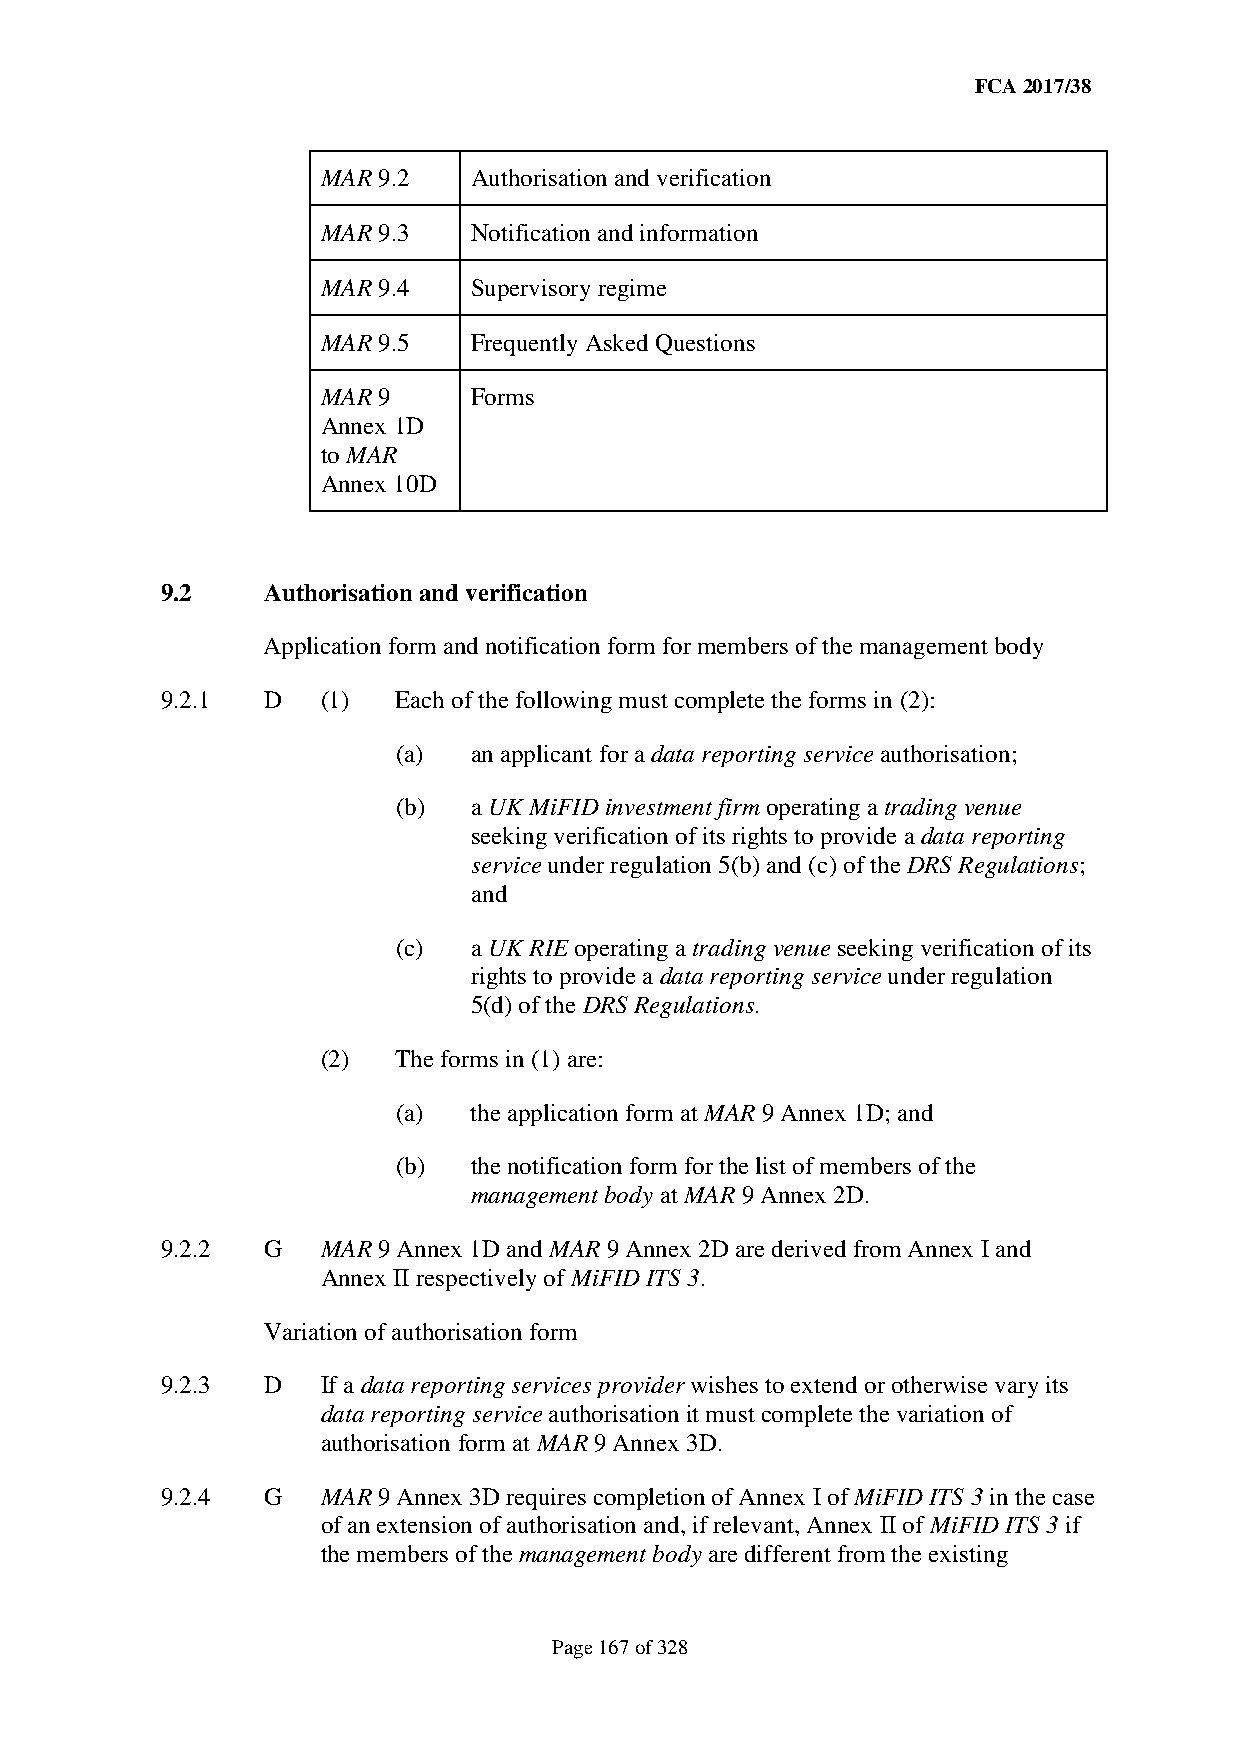
FCA 2017/38
 MAR 9.2   Authorisation and verification
 MAR 9.3   Notification and information
 MAR 9.4   Supervisory regime
 MAR 9.5   Frequently Asked Questions
 MAR 9     Forms
 Annex 1D
 to MAR
 Annex 10D
 9.2   Authorisation and verification
 Application form and notification form for members of the management body
 9.2.1 D   (1)  Each of the following must complete the forms in (2):
 (a)  an applicant for a data reporting service authorisation;
 (b)  a UK MiFID investment firm operating a trading venue
 seeking verification of its rights to provide a data reporting
 service under regulation 5(b) and (c) of the DRS Regulations;
 and
 (c)  a UK RIE operating a trading venue seeking verification of its
 rights to provide a data reporting service under regulation
 5(d) of the DRS Regulations.
 (2)  The forms in (1) are:
 (a)  the application form at MAR 9 Annex 1D; and
 (b)  the notification form for the list of members of the
 management body at MAR 9 Annex 2D.
 9.2.2 G   MAR 9 Annex 1D and MAR 9 Annex 2D are derived from Annex I and
 Annex II respectively of MiFID ITS 3.
 Variation of authorisation form
 9.2.3 D   If a data reporting services provider wishes to extend or otherwise vary its
 data reporting service authorisation it must complete the variation of
 authorisation form at MAR 9 Annex 3D.
 9.2.4 G   MAR 9 Annex 3D requires completion of Annex I of MiFID ITS 3 in the case
 of an extension of authorisation and, if relevant, Annex II of MiFID ITS 3 if
 the members of the management body are different from the existing
 Page 167 of 328